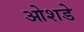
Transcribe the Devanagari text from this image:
ओशडे